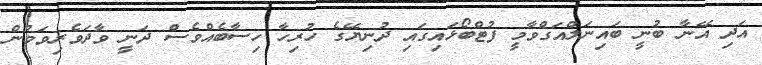
އަދި އޭނާ ބުނީ ބައިނަލްއަގްވާމީ ފުޓްބޯޅައިގައި ދުނިޔޭގެ ހުރިހާ ހިސާބެއްވެސް ދަނީ ވާދަވެރިވަމުން